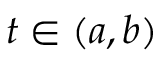
t \in ( a , b )